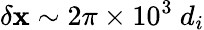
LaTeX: \delta\mathbf{x}\sim2\pi\times10^{3}~d_{i}